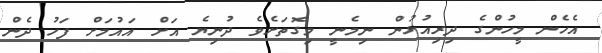
އެހެން މީހުންގެ ދިރިއުޅުން ނިމެނީ މިގޮތަށެވެ ދުނިޔެ އަށް އައުމަށް ފަހު ދެން